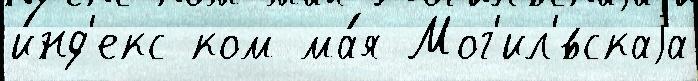
и́нд'екс ком ма́я Мог'ил'́вскаjа